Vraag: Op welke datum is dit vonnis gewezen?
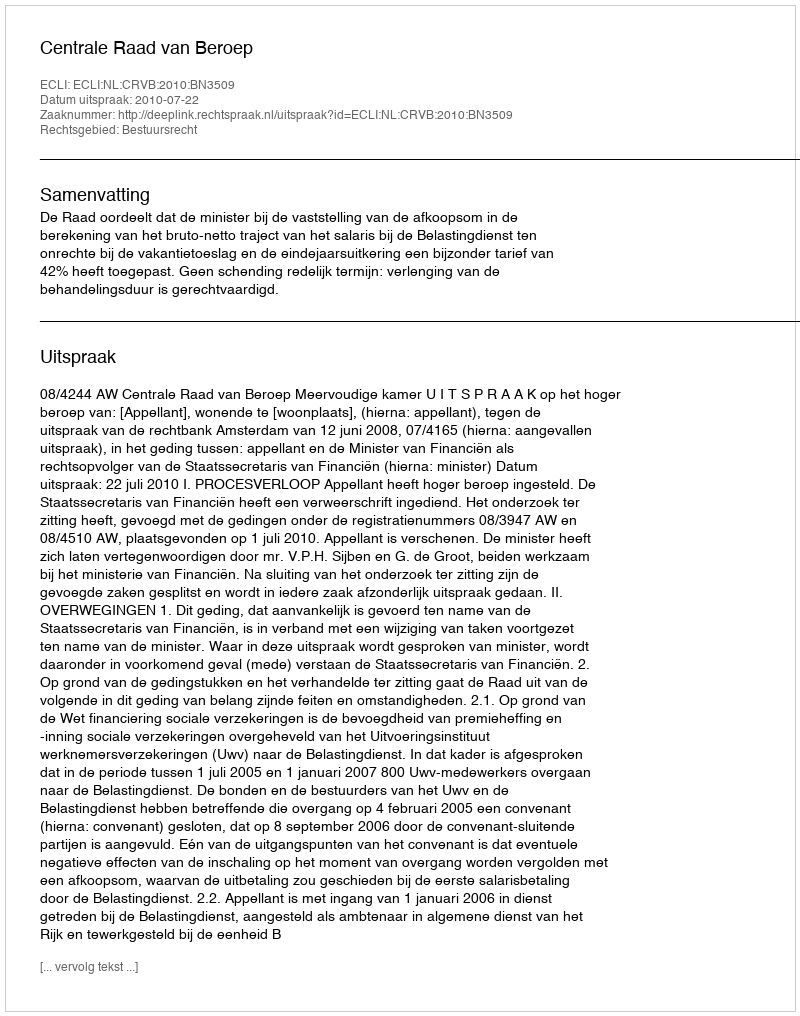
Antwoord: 2010-07-22